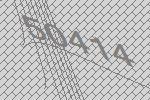
50414